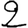
Digit: 2